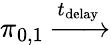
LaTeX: \pi_{0,1}\xrightarrow{t_{\textrm{delay}}}